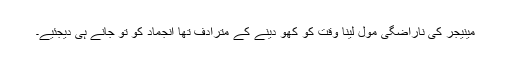
مینیجر کی ناراضگی مول لینا وقت کو کھو دینے کے مترادف تھا انجماد کو تو جانے ہی دیجئیے۔